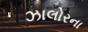
ઝાલોરના